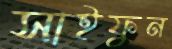
সাইফুন